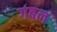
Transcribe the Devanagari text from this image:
गबल